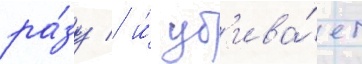
ра́зу / и́ уб'ива́ет